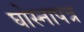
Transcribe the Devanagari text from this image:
घोस्नापत्र